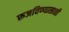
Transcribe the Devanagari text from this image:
रूजविण्यासाठी